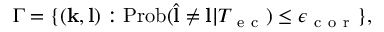
\Gamma = \{ ( \mathbf { k } , \mathbf { l } ) : \mathrm { P r o b } ( \hat { \mathbf { l } } \neq \mathbf { l } \vert T _ { \mathrm { ~ e ~ c ~ } } ) \leq \epsilon _ { \mathrm { ~ c ~ o ~ r ~ } } \} ,